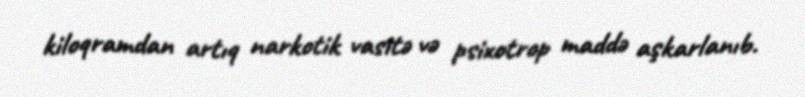
kiloqramdan artıq narkotik vasitə və psixotrop maddə aşkarlanıb.